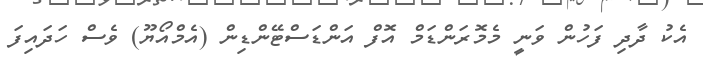
އެކު ދާދި ފަހުން ވަނީ މެމޮރަންޑަމް އޮފް އަންޑަސްޓޭންޑިން (އެމްއޯޔޫ) ވެސް ހަދައިފަ